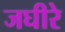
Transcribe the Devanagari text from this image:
जघीरे